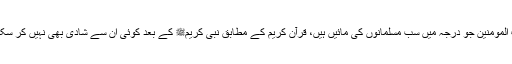
امہات المومنین جو درجہ میں سب مسلمانوں کی مائیں ہیں، قرآن کریم کے مطابق نبی کریمﷺ کے بعد کوئی اُن سے شادی بھی نہیں کر سکتا تھا۔